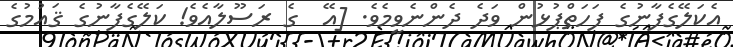
އެކަލޭގެފާނުގެ ފަހަތްޕުޅުން ވަދެ ދެންނެވީމެވެ. [އޭ  ގެ ރަސޫލާއެވެ! ކަލޭގެފާނުގެ ޤައުމުގެ